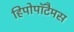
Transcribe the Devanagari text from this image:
हिपोपॉटैमस